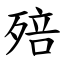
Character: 殕